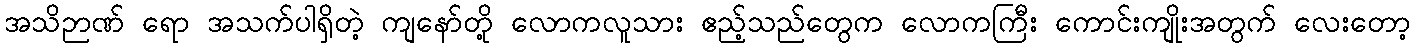
အသိဉာဏ် ရော အသက်ပါရှိတဲ့ ကျနော်တို့ လောကလူသား ဧည့်သည်တွေက လောကကြီး ကောင်းကျိုးအတွက် လေးတော့